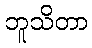
ဘူသိတာ